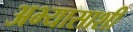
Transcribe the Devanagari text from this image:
अभ्यासाशी